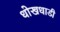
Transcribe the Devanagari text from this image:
धोखधाडी